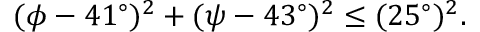
( \phi - 4 1 ^ { \circ } ) ^ { 2 } + ( \psi - 4 3 ^ { \circ } ) ^ { 2 } \le ( 2 5 ^ { \circ } ) ^ { 2 } .